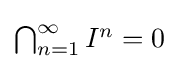
{\textstyle \bigcap _{n=1}^{\infty }I^{n}=0}